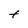
Character: t